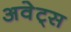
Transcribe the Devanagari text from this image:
अवेट्स